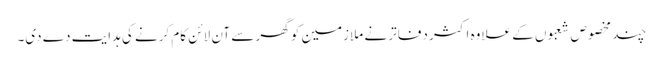
چند مخصوص شعبوں کے علاوہ اکثر دفاتر نے ملازمین کو گھر سے آن لائن کام کرنے کی ہدایت دے دی۔